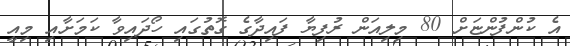
އެ ކުންފުންޏަށް 80 މިލިއަން ރުފިޔާ ފައިދާގެ ގޮތުގައި ހޯދައިވާ ކަމަށާއި މިއީ